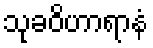
သုခဝိဟာရာနံ